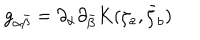
LaTeX: g _ { \alpha \bar { \beta } } = \partial _ { \alpha } \partial _ { \bar { \beta } } K ( \zeta _ { a } , \bar { \zeta } _ { b } )